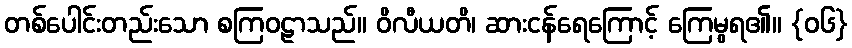
တစ်ပေါင်းတည်းသော စကြဝဠာသည်။ ဝိလီယတိ၊ ဆားငန်ရေကြောင့် ကြေမွရ၏။ {၀၆}